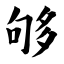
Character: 够